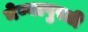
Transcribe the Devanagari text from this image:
नेण्यापुरती